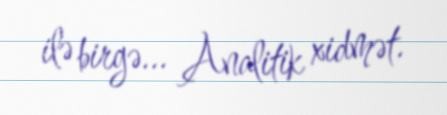
ilə birgə... Analitik xidmət.